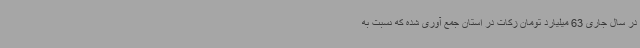
در سال جاری 63 میلیارد تومان زکات در استان جمع آوری شده که نسبت به